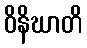
ဝိနိဃာတိ